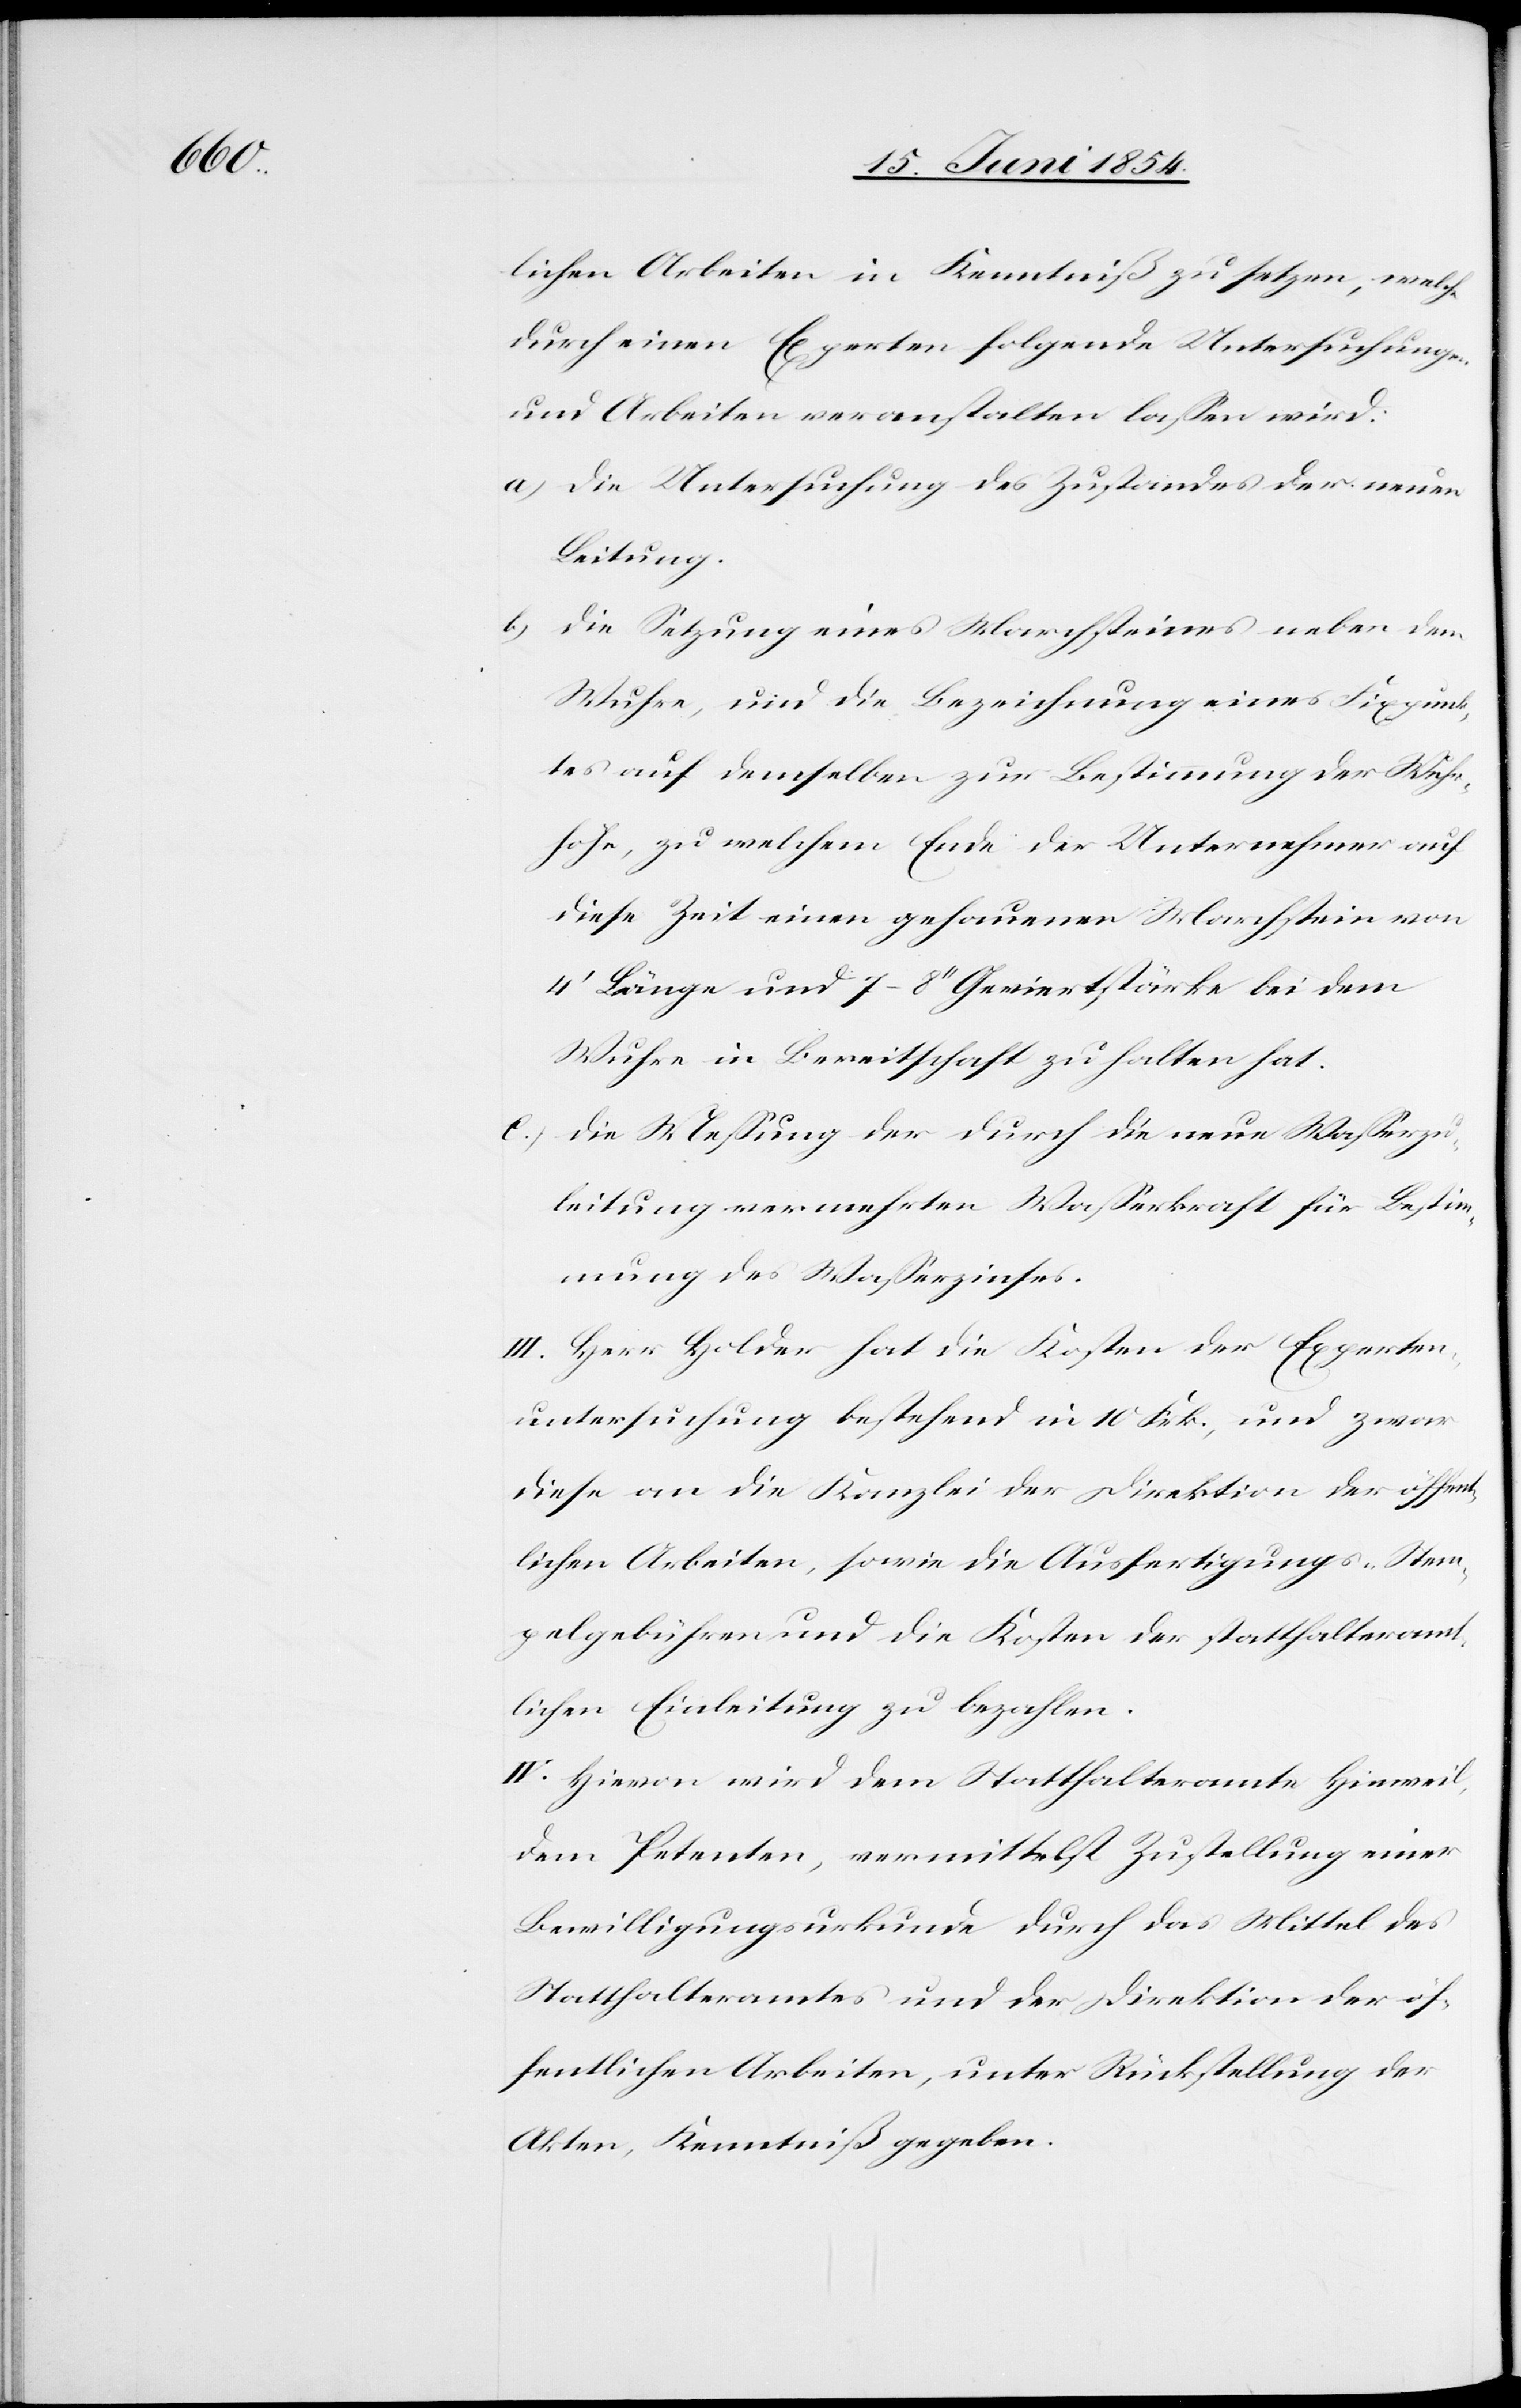
lichen Arbeiten in Kenntniß zu setzen, welche
durch einen Experten folgende Untersuchungen
und Arbeiten veranstalten laßen wird.
a.) die Untersuchung des Zustandes der neuen
Leitung.
b.) die Setzung eines Marchsteines neben dem
Wuhre, und die Bezeichnung eines Fixpunk¬
tes auf demselben zur Bestimmung der Wuhr¬
höhe, zu welchem Ende der Unternehmer auf
diese Zeit einen gehauenen Marchstein von
4‘ Länge und 7–8‘‘ Geviertstärke bei dem
Wuhre in Bereitschaft zu halten hat.
c.) die Meßung der durch die neue Waßerzu¬
leitung vermehrten Waßerkraft für Bestim¬
mung des Waßerzinses.
III. Herr Holder hat die Kosten der Experten¬
untersuchung bestehend in 10 Frk., und zwar
diese an die Kanzlei der Direktion der öffen¬
tlichen Arbeiten, sowie die Ausfertigungs-[,] Stem¬
pelgebühren und die Kosten der statthalteramt¬
lichen Einleitung zu bezahlen.
IV. Hievon wird dem Statthalteramte Hinweil,
dem Petenten, vermittelst Zustellung einer
Bewilligungsurkunde durch das Mittel des
Statthalteramtes und der Direktion der öf¬
fentlichen Arbeiten, unter Rückstellung der
Akten, Kenntniß gegeben.